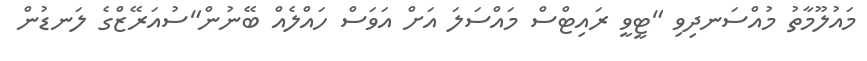
މައުލޫމާތު މުއްސަނދިވި "ޓީވީ ރައިޓްސް މައްސަލަ އަށް އަވަސް ހައްލެއް ބޭނުން"ސުއަރޭޒްގެ ލަނޑުން